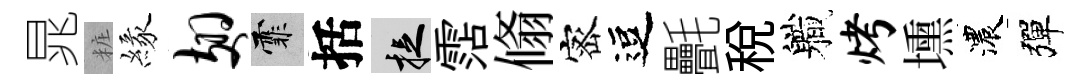
晁粧緣翅霏括捉霑翛宻逗㲲税軄烤壎濃彈